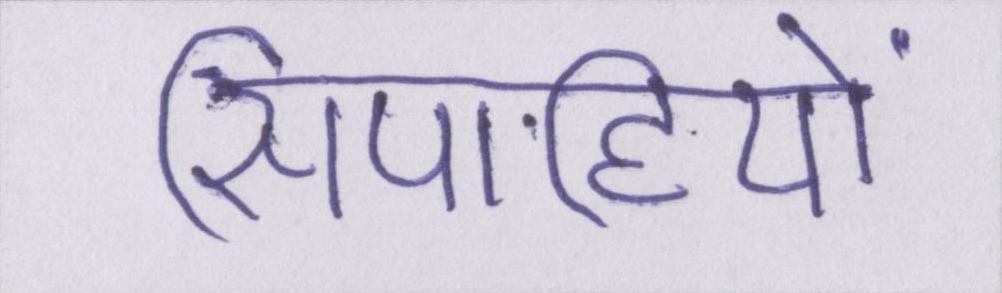
सिपाहियों